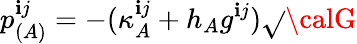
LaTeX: p_{(A)}^{\mathbf{i}j}=-(\kappa_{A}^{\mathbf{i}j}+h_{A}g^{\mathbf{i}j})\sqrt{}{{{\calG}}}